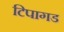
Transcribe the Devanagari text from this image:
टिपागड